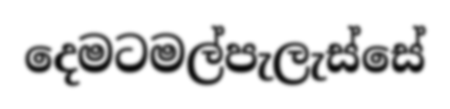
දෙමටමල්පැලැස්සේ